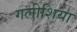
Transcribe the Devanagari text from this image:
गलीशिया